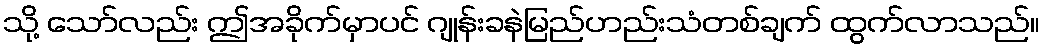
သို့ သော်လည်း ဤအခိုက်မှာပင် ဂျုန်းခနဲမြည်ဟည်းသံတစ်ချက် ထွက်လာသည်။